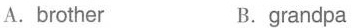
A.brother B.grandpa